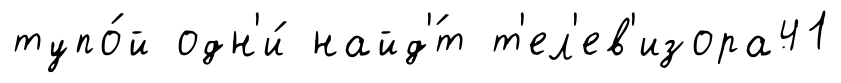
тупо́й одн'и́ найд'́т т'ел'ев'изора41